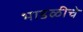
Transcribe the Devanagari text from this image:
भाडळीचे